Report of the Indian Hemp Drugs Commission, 1894-1895 - Volume III
Year: 1894
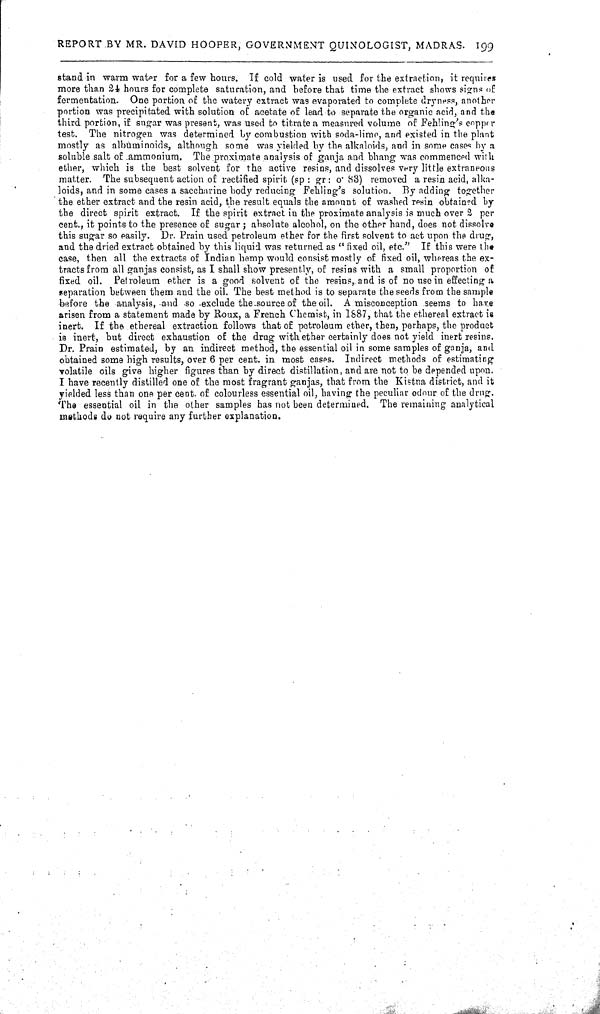
REPORT BY MR. DAVID HOOPER, GOVERNMENT QUINOLOGIST, MADRAS. 199
stand in warm water for a few hours. If cold water is used for the extraction, it requires
more than 24 hours for complete saturation, and before that time the extract shows signs of
fermentation. One portion of the watery extract was evaporated to complete dryness, another
portion was precipitated with solution of acetate of lead to separate the organic acid, and the
third portion, if sugar was present, was used to titrate a measured volume of Fehling's copper
test. The nitrogen was determined by combustion with soda-lime, and existed in the plant
mostly as albuminoids, although some was yielded by the alkaloids, and in some cases by a
soluble salt of ammonium. The proximate analysis of ganja and bhang was commenced with
ether, which is the best solvent for the active resins, and dissolves very little extraneous
matter. The subsequent action of rectified spirit (sp: gr: o. 83) removed a resin acid, alka-
loids, and in some cases a saccharine body reducing Fehling's solution. By adding together
the ether extract and the resin acid, the result equals the amount of washed resin obtained by
the direct spirit extract. If the spirit extract in the proximate analysis is much over 2 per
cent., it points to the presence of sugar; absolute alcohol, on the other hand, does not dissolve
this sugar so easily. Dr. Prain used petroleum ether for the first solvent to act upon the drug,
and the dried extract obtained by this liquid was returned as " fixed oil, etc." If this were the
case, then all the extracts of Indian hemp would consist mostly of fixed oil, whereas the ex-
tracts from all ganjas consist, as I shall show presently, of resins with a small proportion of
fixed oil. Petroleum ether is a good solvent of the resins, and is of no use in effecting a
separation between them and the oil. The best method is to separate the seeds from the sample
before the analysis, and so exclude the source of the oil. A misconception seems to have
arisen from a statement made by Roux, a French Chemist, in 1887, that the ethereal extract is
inert. If the ethereal extraction follows that of petroleum ether, then, perhaps, the product
is inert, but direct exhaustion of the drug with ether certainly does not yield inert resins.
Dr. Prain estimated, by an indirect method, the essential oil in some samples of ganja, and
obtained some high results, over 6 per cent. in most cases. Indirect methods of estimating
volatile oils give higher figures than by direct distillation, and are not to be depended upon.
I have recently distilled one of the most fragrant ganjas, that from the Kistna district, and it
yielded less than one per cent. of colourless essential oil, having the peculiar odour of the drug.
The essential oil in the other samples has not been determined. The remaining analytical
methods do not require any further explanation.